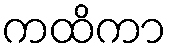
ကထိကာ